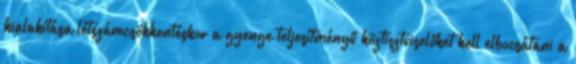
kialakítása létszámcsökkentéskor a gyenge teljesítményű köztisztviselőket kell elbocsátani a